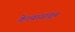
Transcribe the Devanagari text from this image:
केल्यावांचून